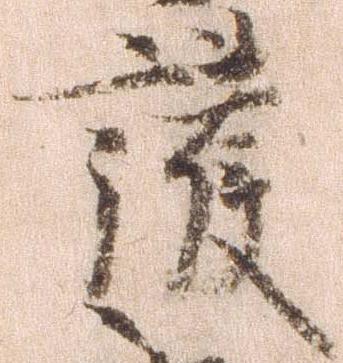
護